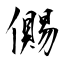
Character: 儩